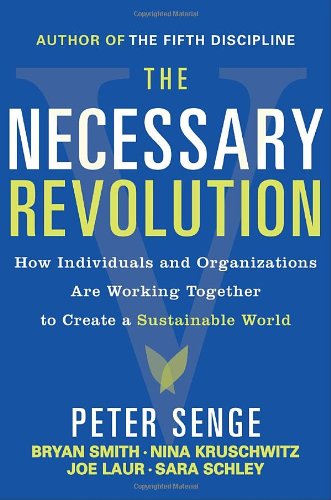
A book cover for The Necessary Revolution: How Individuals and Organizations Are Working Together to Create a Sustainable World; Peter M. Senge; Business & Money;